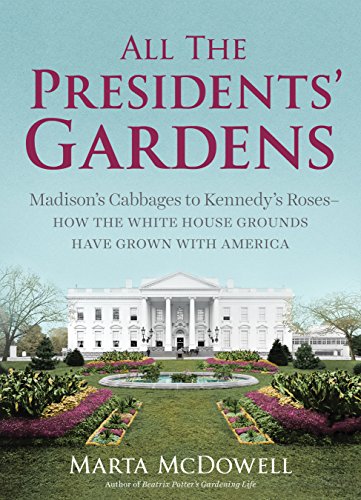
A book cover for All the Presidents' Gardens: Madison's Cabbages to Kennedy's Roses, How the White House Grounds Have Grown with America; Marta McDowell; Crafts, Hobbies & Home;